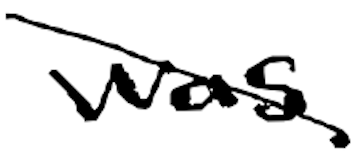
Text: was
Cross-out: diagonal
Writing tool: digital_black